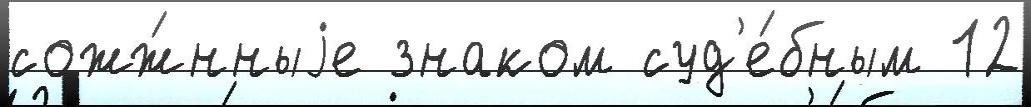
сожж́нныjе знаком суд'е́бным 12